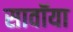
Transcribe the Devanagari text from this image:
सावॉया